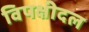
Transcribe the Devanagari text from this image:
विपक्षीदल